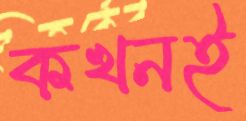
কখনই